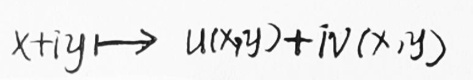
\[x + iy \longmapsto u(x,y)+iv(x,y)\]